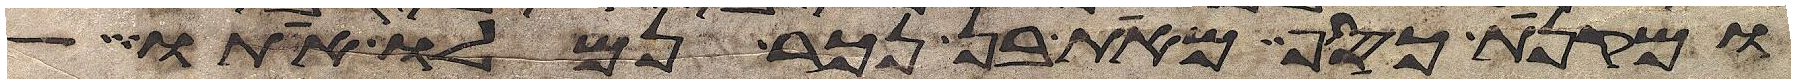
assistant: ומקנת כסף מאת בן נכר נמלו אתו